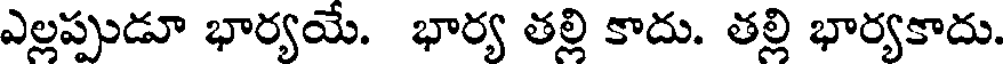
ఎల్లప్పుడూ భార్యయే. భార్య తల్లి కాదు. తల్లి భార్యకాదు.